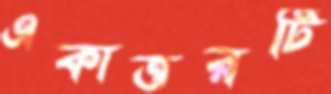
একাত্তরটি